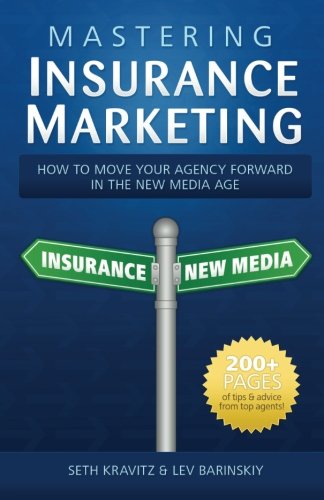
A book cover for Mastering Insurance Marketing: How to Make Your Agency Forward in the New Media Age; Seth Kravitz; Business & Money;